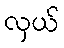
လှယ်